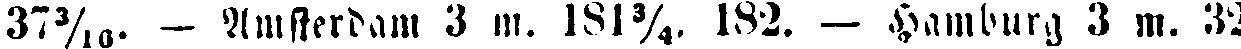
37³/₁₀ - Amsterdam 3 m. 181¾. 182. - Hamburg 3 m. 32